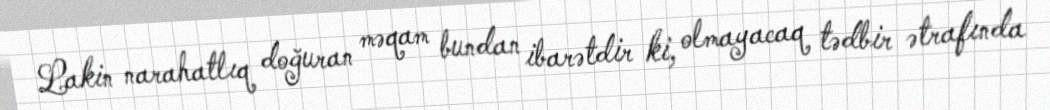
Lakin narahatlıq doğuran məqam bundan ibarətdir ki, olmayacaq tədbir ətrafında